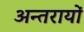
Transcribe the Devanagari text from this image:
अन्तरायों